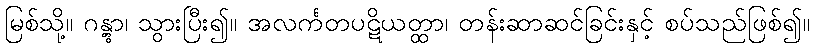
မြစ်သို့။ ဂန္တွာ၊ သွားပြီး၍။ အလင်္ကတပဋိယတ္ထာ၊ တန်းဆာဆင်ခြင်းနှင့် စပ်သည်ဖြစ်၍။